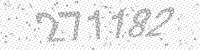
Solution: 271182